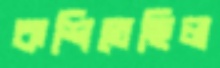
কশিতেছিল